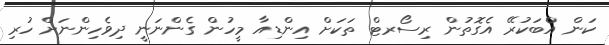
ކަން އެްބަކުރޭ އެގޮތުން ރިސޯރޓް ތަކަށް އިންޑިއާ މީހުން ގެންނަނީ ދިވެހިންނަށް ހުރި